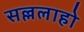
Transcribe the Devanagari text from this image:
सल्ललाहो